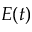
E ( t )